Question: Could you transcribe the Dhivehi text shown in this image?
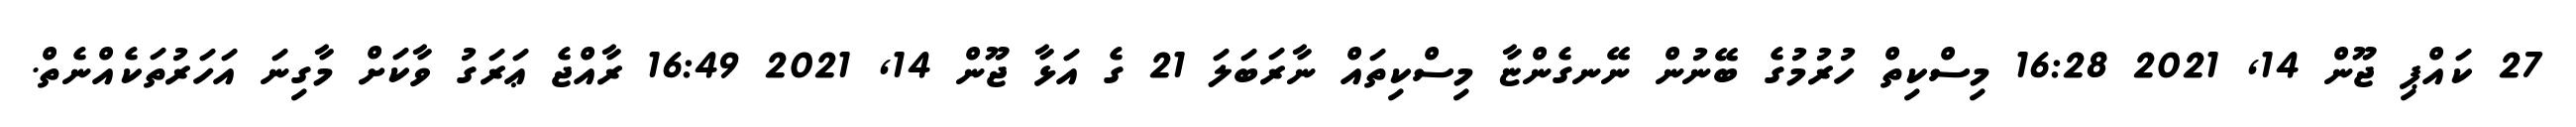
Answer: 27 ކައްޕި ޖޫން 14, 2021 16:28 މިސްކިތް ހުރުމުގެ ބޭނުން ނޭނގެންޏާ މިސްކިތައް ނާރަބަލަ 21 ގެ އަޅާ ޖޫން 14, 2021 16:49 ރާއްޖެ ޢަރަގު ވާކަށް މާގިނަ އަހަރުތަކެއްނެތް.